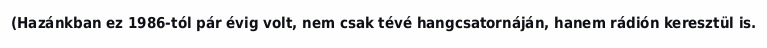
(Hazánkban ez 1986-tól pár évig volt, nem csak tévé hangcsatornáján, hanem rádión keresztül is.